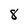
Character: 8